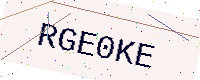
Text: RGE0KE